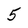
Character: 5